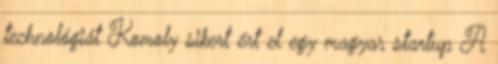
technológiát Komoly sikert ért el egy magyar startup A